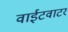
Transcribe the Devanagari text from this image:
वाईटवाटर